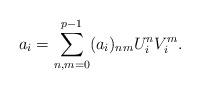
LaTeX: \begin{align*}a_{i}=\sum_{n,m=0}^{p-1}(a_{i})_{nm}U_{i}^{n}V_{i}^{m}.\end{align*}